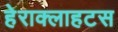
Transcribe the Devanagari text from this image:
हेराक्लाहटस